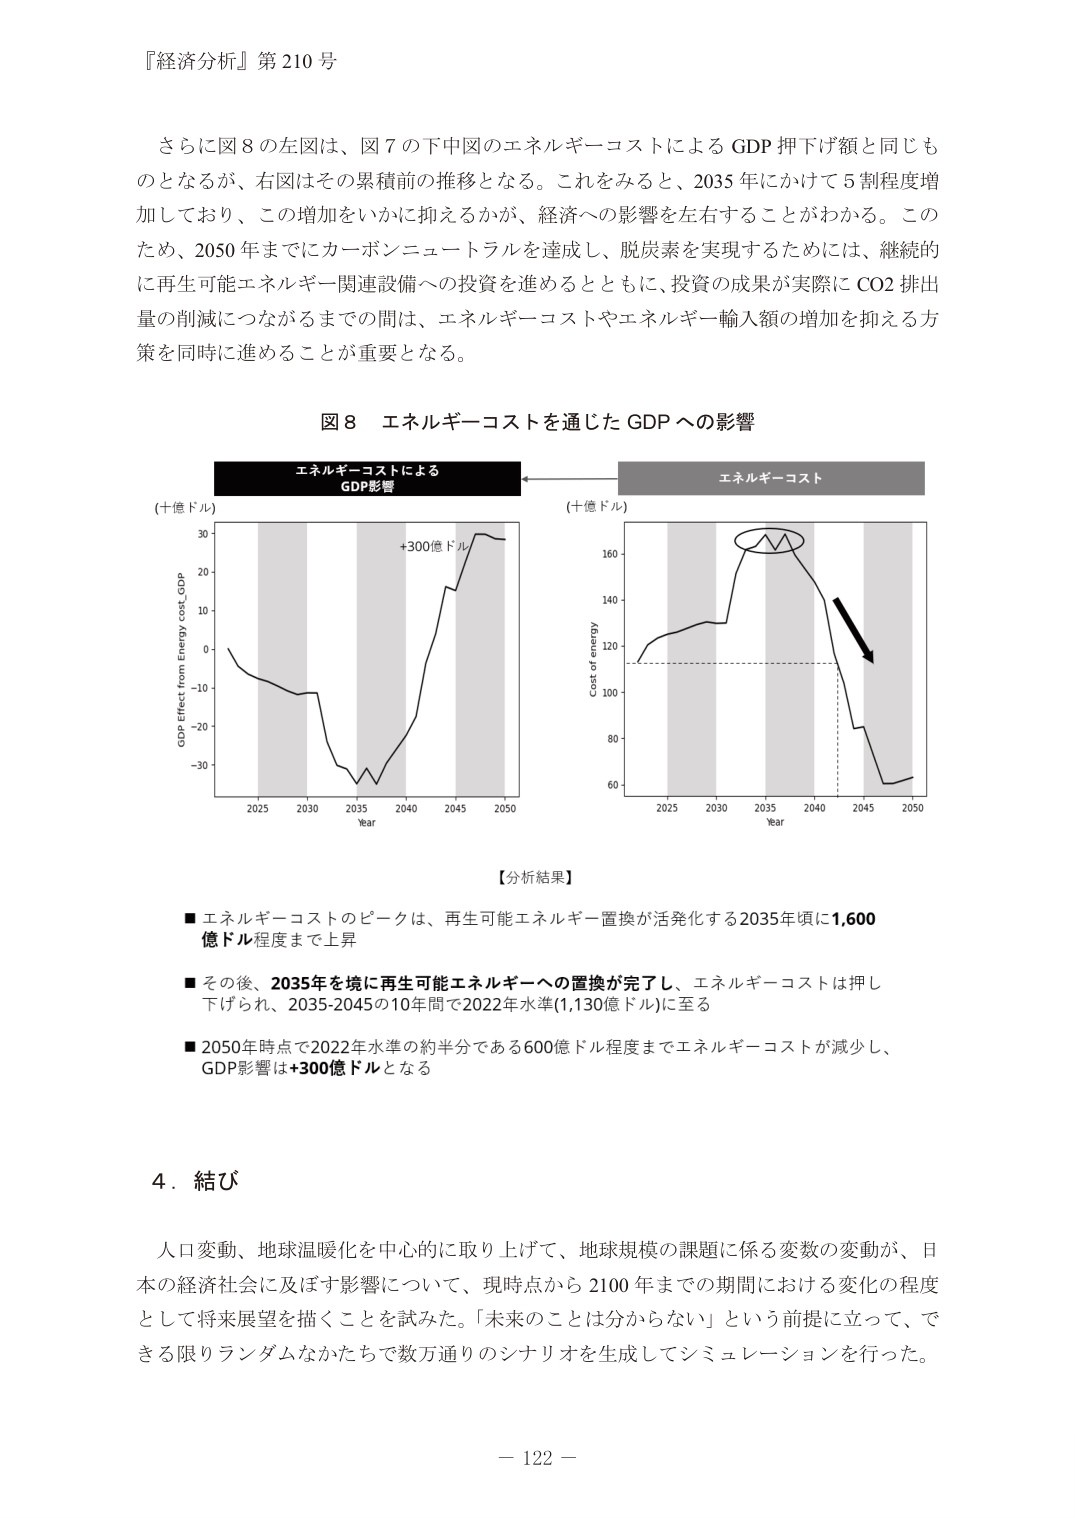
『経済分析』第210号

さらに図8の左図は、図7の下中図のエネルギーコストによるGDP押下げ額と同じものとなるが、右図はその累積前の推移となる。これをみると、2035年にかけて5割程度増加しており、この増加をいかに抑えるかが、経済への影響を左右することがわかる。このため、2050年までにカーボンニュートラルを達成し、脱炭素を実現するためには、継続的に再生可能エネルギー関連設備への投資を進めるとともに、投資の成果が実際にCO2排出量の削減につながるまでの間は、エネルギーコストやエネルギー輸入額の増加を抑える方策を同時に進めることが重要となる。

図8 エネルギーコストを通じたGDPへの影響

エネルギーコストによる
GDP影響

(十億ドル)
GDP Effect from Energy cost_GDP
-30
-20
-10
0
10
20
30
2025 2030 2035 2040 2045 2050
Year
+300億ドル

エネルギーコスト

(十億ドル)
Cost of energy
60
80
100
120
140
160
2025 2030 2035 2040 2045 2050
Year

【分析結果】

■ エネルギーコストのピークは、再生可能エネルギー置換が活発化する2035年に1,600億ドル程度まで上昇

■ その後、2035年を境に再生可能エネルギーへの置換が完了し、エネルギーコストは押しつぶされ、2035-2045年の10年間で2022年水準(1,130億ドル)に至る

■ 2050年時点で2022年水準の約半分である600億ドル程度までエネルギーコストが減少し、GDP影響は+300億ドルとなる

4．結び

人口変動、地球温暖化を中心に取り上げて、地球規模の課題に係る変数の変動が、日本の経済社会に及ぼす影響について、現時点から2100年までの期間における変化の程度として将来展望を描くことを試みた。「未来のことは分からない」という前提に立って、できる限りランダムなかたちで数万通りのシナリオを生成してシミュレーションを行った。

－122－